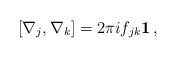
LaTeX: \begin{align*}[\nabla_{j}, \nabla_{k}] = 2\pi i f_{jk}{\bf 1} \, ,\end{align*}